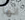
انها